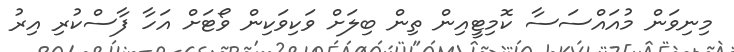
މިނިވަން މުއައްސަސާ ކޮމިޓީއިން ތިން ބިލަށް ވަކިވަކިން ވޯޓަށް އަހާ ފާސްކުރި އިރު